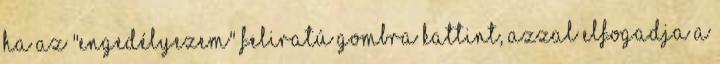
ha az "Engedélyezem" feliratú gombra kattint, azzal elfogadja a